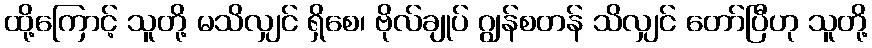
ထို့ကြောင့် သူတို့ မသိလျှင် ရှိစေ၊ ဗိုလ်ချုပ် ဂျွန်စတန် သိလျှင် တော်ပြီဟု သူတို့